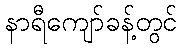
နာရီကျော်ခန့်တွင်